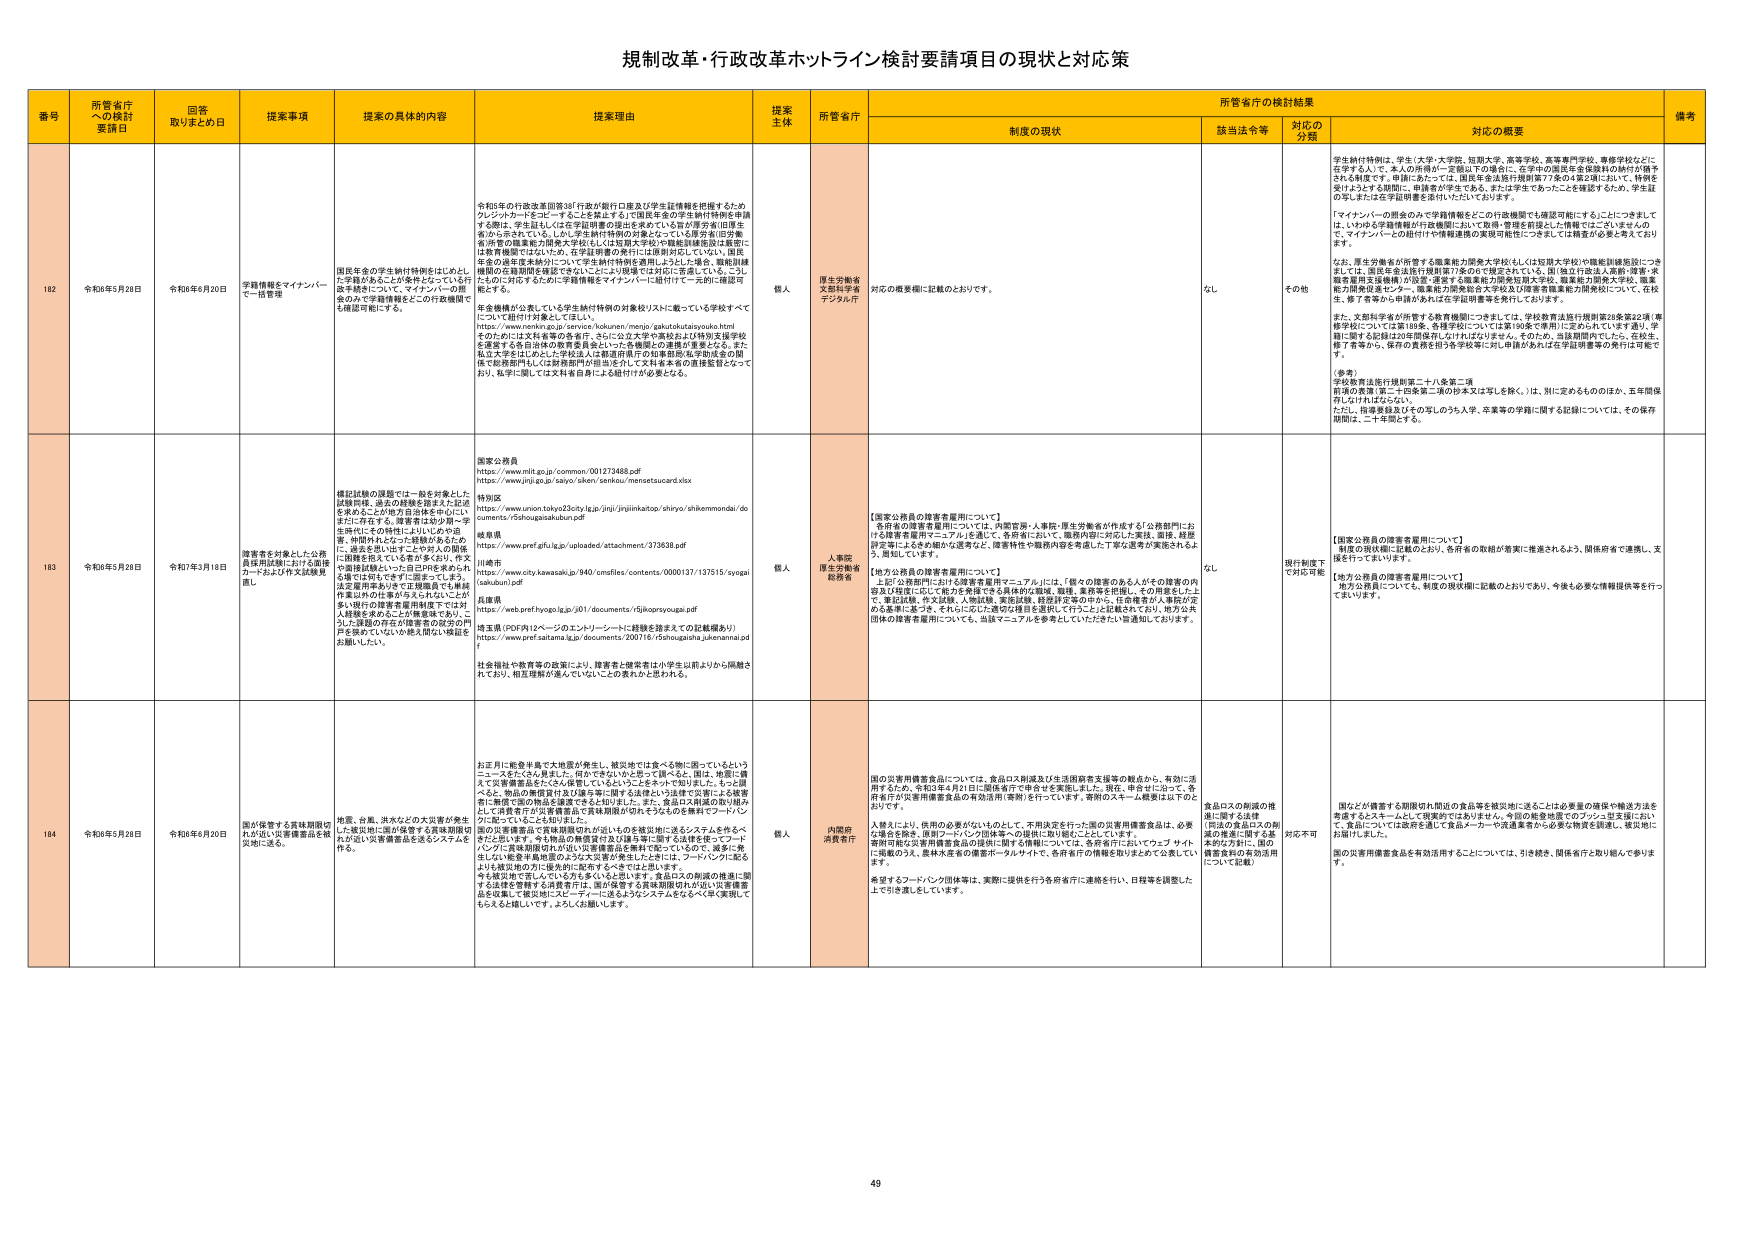
規制改革・行政改革ホットライン検討要請項目の現状と対応策

番号 所管省庁への検討要請日 回答取りまとめ日 提案事項 提案の具体的内容 提案理由 提案主体 所管省庁 制度の現状 該当法令等 対応の分類 対応の概要 備考

162 令和3年5月28日 令和3年6月20日 学籍情報をマイナンバーで一括管理 国民年金の学生納付特例をはじめとして、学籍があることが条件となっている行政手続等について、マイナンバーの照会のみで学籍情報を一括的に確認・確認可能にする。 令和5年の行政改革第10章3「行政が銀行口座及び学生証情報を把握するためクレジットカードをコピーすることを禁止する」で国民年金の学生納付特例を申請する際は、学生証もしくは在学証明書の提出を求めている旨が厚労省旧厚生省の示示されている。しかし、学生納付特例の対象となっている厚労省(旧厚生省)所管の職業能力開発大学校(もしくは短期大学校)や職能訓練施設は厳密には教育機関ではないため、在学証明書の発行には原則対応していない。国民年金の達成度未納分について学生納付特例を適用しようとした場合、職能訓練機関の在籍期間を確認できないことにより困難では対応に苦慮している。こうした点に対応するために学籍情報をマイナンバーに紐付けて一括的に確認可能とする。 在学機構が公表している学生納付特例の対象校リストに載っている学校すべてについて紐付け対応をしてほしい。 そのためには文科省管の各省庁、さらには立大や書院および特発支援学校を運営する各自治体の教育委員会といった各機関との連携が重要となる。また、私立大学をはじめとした学校法人は運営所用の知事認証私学助成金の関係で教育機関もしくは教育機関内担当窓口にて文科省を含め直接監督となっており、私学に関しては文科省自身による紐付けが必要となる。 個人 厚生労働省 文部科学省 デジタル庁 対応の概要欄に記載のおとおり。 なし その他 学生納付特例は、学生（大学、大学院、短期大学、高等学校、高等専門学校、専修学校など）に在学する人として、本人の所得が一定額以下の場合は、在学中の国民年金保険料の納付が猶予される制度です。申請にあたっては、国民年金法施行規則第77条の4第2項において、特例を受けようとする期間に、申請者が学生である、または学生であったことを確認するため、学生証の写しまたは在学証明書を添付いただいております。 「マイナンバーの照会のみで学籍情報をどの行政機関でも確認可能にする」ことにつきましては、いわゆる学籍情報が行政機関において取得・管理を前提とした情報ではございませんので、マイナンバーとの紐付けや情報連携の実現が制度につきましては現実が必ずしも大きくずれます。 なお、厚生労働省が所管する職業能力開発大学校(もしくは短期大学校)や職能訓練施設につきましては、国民年金法施行規則第77条の6で規定されている、国(独立行政法人高齢・障害・児童総合支援機構)が設置・運営する職業能力開発短期大学校、職業能力開発大学校、職業能力開発促進センター、職業能力開発総合大学校及び障害者職業能力開発校について、在校生、修了者等から申請が来れば在学証明書等を発行しております。 また、文部科学省が所管する教育機関につきましては、学校教育法施行規則第28条第22項(専修学校については第189条、各修学校については第190条で準用)に定められています通り、学籍に関する記録は20年間保存しなければなりません。そのため、当該期間内でしたら、在校生、修了者等から、保存の義務を担う各学校等に対し申請があれば在学証明書等の発行は可能で す。 （参考） 学校教育法施行規則第二十八条第二項 前項の表簿（第二十四条第二項の抄本又は写しを除く。）は、別に定めるもののほか、五年間保存しなければならない。 ただし、指導要録及びその写しのうち入学、卒業等の学籍に関する記録については、その保存期間は、二十年間とする。

163 令和3年5月28日 令和7年3月18日 障害者を対象とした公務員採用試験における面接カードおよび作文試験見直し 横浜試験の課題では一般を対象とした試験問題、過去の経験を踏まえた記述を求めることが地方自治体を中心に広がっております。障害者は幼少期～学童・中間期にわたった経験があるため、に、過去を思い出すごとや学人の関係に困難を抱えている者が多くおり、作文や面接試験といった自己紹介を求められる課題では何らかで苦手に感じてしまう。過去面接時において正規職員でも雇用作業以外の仕事が与えられないことが多く、特に障害者雇用制度下では対人接続を求めることが障害者であり、こうした課題の存在が障害者の就労の門戸を狭めていないか極大関心・検証をお願いしたい。 国家公務員 https://www.mlit.go.jp/common/001273488.pdf 特別区 https://www.union.tokyo23city.jp/jsj/jinjinkatou/shiyo/shikenmondai/documents/r5shougaisakubun.pdf 岐阜県 https://www.pref.gifu.lg.jp/uploaded/attachment/373638.pdf 川崎市 https://www.city.kawasaki.jp/940/cmsfiles/contents/0000137/137515/syogai/sakubun.pdf 茨城県 https://web.pref.ibaraki.lg.jp/j01/documents/r5jikoyosyogai.pdf 埼玉県（PDF内12ページのエントリーシートに課題を踏まえての記載繰あり） https://www.pref.saitama.lg.jp/documents/200716/r5shougaisha_jukennnina.pdf 社会福祉や教育等の政策により、障害者と健常者は小学生以前よりから隔絶されており、相互理解が進んでいないとの憂れかと思われる。 個人 人事院 厚生労働省 総務省 【国家公務員の障害者雇用について】 各府県の障害者雇用については、内閣官房・人事院・厚生労働省が作成する「公務部門における障害者雇用マニュアル」を基に、各府省において、職務内容に対応した実技、面接、経歴評定等によるきめ細かな選考など、障害特性や職務内容を考慮した丁寧な選考が実施されるよう、周知しています。 【地方公務員の障害者雇用について】 上記「公務部門における障害者雇用マニュアル」には、「個々の障害のある人がその障害の内容及び程度に応じて能力を発揮できる具体的な職域、職種、業務等を把握し、その用意をした上で、筆記試験、作文試験、人間試験、実技試験、経歴評定等のほか、在学時等の人事評価のデータを基に選考、それに応じた適切な種目を選択して行うこと」に記載されており、地方公共団体の障害者雇用についても、当該マニュアルを参考にしていただきたい旨通知しております。 なし 現行制度下で対応可能 【国家公務員の障害者雇用について】 制度の現状欄に記載のとおり、各府省の取組が着実に推進されるよう、関係府省で連携し、支援を行ってまいります。 【地方公務員の障害者雇用について】 地方公務員についても、制度の現状欄に記載のとおりであり、今後も必要な情報提供等を行ってまいります。

164 令和3年5月28日 令和3年6月20日 国が保管する賞味期限切れが近い災害備蓄品を被災地に送る。 地震、台風、洪水などの大災害が発生した被災地に詰め放題する賞味期限切れが近い災害備蓄品を送るシステムを作る。 お正月に乾き半身で大抽選が発生し、被災地で仕事をして勝ちに困っているというニュースをたくさん見ました。何ができないかとおっしゃるが、国は、地震に備えて災害備蓄品をたくさん保管しているということをネットで知りました。もっと調べると、食品の期限が近い取り扱いを知っている時はいつ法律で災害による被害に無償で国の物品を譲渡できると知りました。また、食品は賞味期の取り扱いとして、消費者庁が災害備蓄品と賞味期限が切れそうなものを無料でフードバンクに配っていること知りました。 国の災害備蓄品を賞味期限切れが近いものを被災地に送るシステムを作るべきだと思います。今も食品の無償貸与及び譲与等に関する法律を使ってフードバンクに賞味期限切れが近い災害備蓄品を無料で配っているので、通販に発注しない緊急事態の食品の配送が発生したときは、フードバンクに送るよりも被災地の方に優先的に配布するべきではないと思います。 予を被災地で苦しんでいる方を救いえると思います。食品の期限の推進に要する法律を整備する法律を作り、国が保管する賞味期限が近い災害備蓄品を収集して被災地にスピーディーに送るようなシステムをなるべく早く実現してもらえると嬉しいです。よろしくお願いします。 個人 内閣府 消費者庁 国の災害用備蓄食品については、食品ロス削減及び生活困窮者支援等の観点から、有効に活用するため、令和3年4月21日に関係省庁で申告を実施しました。現在、申告中について、各府省庁が災害用備蓄食品の有効活用(寄附)を行っています。寄附のスキーム概要は以下のとおりです。 入替えにより、使用の必要がないものとして、不用品を発行した国の災害用備蓄食品は、必要な場合を除き、原則フードバンク団体等への提供に取り組むこととしています。 寄附可能な災害用備蓄食品の提供に関する情報については、各府省庁においてウェブサイトに掲載のうえ、農林水産省の備蓄ポータルサイトで、各府省庁の情報を取りまとめて公表しています。 希望するフードバンク団体等は、実際に提供を行う各府省庁に連絡を行い、日程等を調整した上で引き渡しをしています。 食品ロスの削減の推進に関する法律 （用品の食品ロスの削減の推進に関する基本的な方針に国の備蓄食料の有効活用について記載） 対応不可 国などが備蓄する期限切れ間近の食品等を被災地に送ることは必要な環境や輸送方法を考慮するとスキームとして現実的ではありません。今回の総務地盤でのフード型支援において、食品については政府を通して食品メーカーや流通業者から必要な物資を調達し、被災地にお届けしました。 国の災害用備蓄食品を有効活用することについては、引き続き、関係省庁と取り組んで参ります。

49